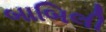
બાબિલી